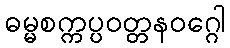
ဓမ္မစက္ကပ္ပဝတ္တနဝဂ္ဂေါ